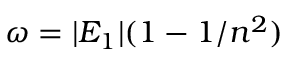
\omega = | E _ { 1 } | ( 1 - 1 / n ^ { 2 } )